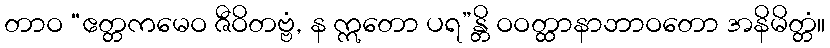
တာဝ “ဧတ္တကမေဝ ဇီဝိတဗ္ဗံ, န ဣတော ပရ”န္တိ ဝဝတ္ထာနာဘာဝတော အနိမိတ္တံ။